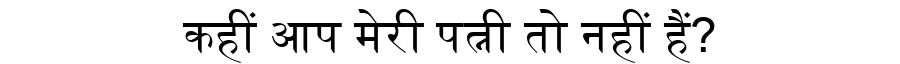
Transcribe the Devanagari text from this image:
कहीं आप मेरी पत्नी तो नहीं हैं?